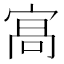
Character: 𭓸